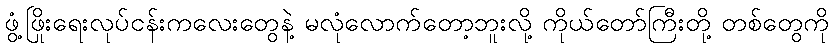
ဖွံ့ဖြိုးရေးလုပ်ငန်းကလေးတွေနဲ့ မလုံလောက်တော့ဘူးလို့ ကိုယ်တော်ကြီးတို့ တစ်တွေကို